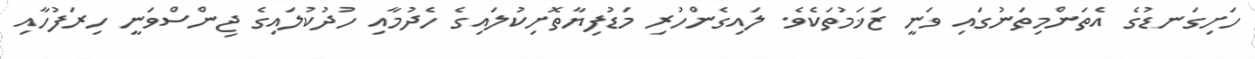
ހަށިގަނޑުގެ އެތަންމިތަނުގައި ވަނީ ޒަޚަމުތަކެވެ. ލައިގެންހުރި މަޑުފިޔާތޮށިކުލައިގެ ހެދުމާއި ހުދުކުލައިގެ ޖިންސްވަނީ ހިރަފުހާއި